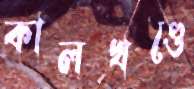
কালখণ্ডে